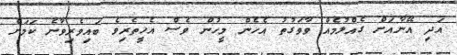
އަދި އޭނާއަށް ގެއްލުމެއް ވާވަގުތު އެހެން މީހުން ވެސް އެހީތެރިވެ ބައިވެރިވާނެ ކަމަށް